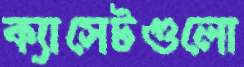
ক্যাসেটগুলো